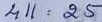
411 = 25